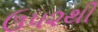
ઉ૫૨થી